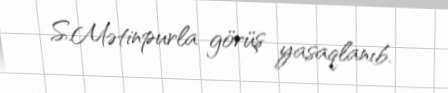
S.Mətinpurla görüş yasaqlanıb.